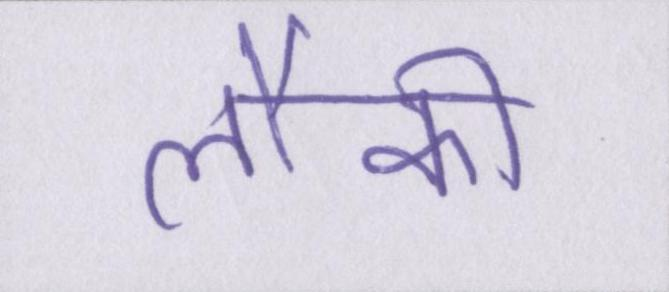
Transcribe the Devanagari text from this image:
लौकी